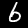
Digit: 6